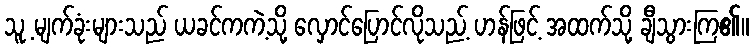
သူ့ မျက်ခုံးများသည် ယခင်ကကဲ့သို့ လှောင်ပြောင်လိုသည့် ဟန်ဖြင့် အထက်သို့ ချီသွားကြ၏။